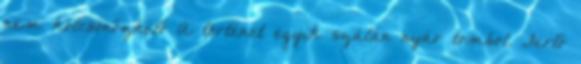
nem kölcsönözhető A történet egyik szálán nyár tombol. Fertő